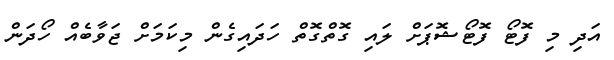
އަދި މި ފޮޓޯ ފޮޓޯޝޮޕަށް ލައި ގޮތްގޮތް ހަދައިގެން މިކަމަށް ޖަވާބެއް ހޯދަން